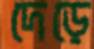
দেড়ে